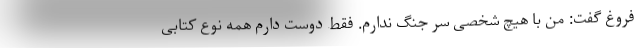
فروغ گفت: من با هیچ شخصی سر جنگ ندارم. فقط دوست دارم همه نوع کتابی